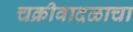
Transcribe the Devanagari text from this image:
चक्रीवादळाचा